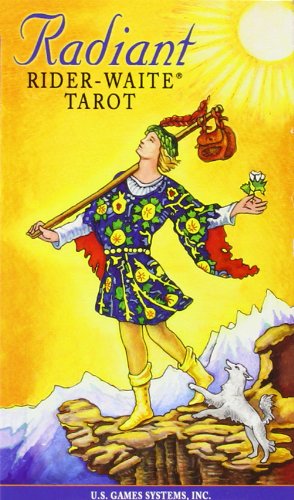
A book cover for Radiant Rider-Waite Tarot; Us Games Systems; Humor & Entertainment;